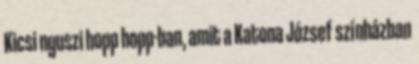
Kicsi nyuszi hopp hopp-ban, amit a Katona József színházban